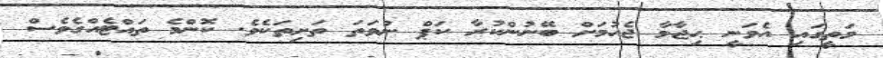
މަތީގައި އެވަނީ ޙިޖާމާ ޖެހުމަށް ބޭނުންކުރާ ކަޕް ނުވަތަ ތަށިތަކެވެ. ކޮންމެ ތައްޓެއްގެެވެސް